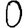
Digit: 0